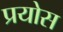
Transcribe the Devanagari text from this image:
प्रयोस